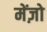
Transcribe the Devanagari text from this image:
मेंज़ो